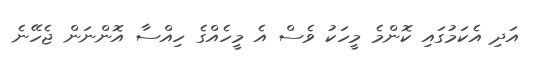
އަދި އެކަމުގައި ކޮންމެ މީހަކު ވެސް އެ މީހެއްގެ ހިއްސާ އޮންނަން ޖެހޭނެ